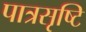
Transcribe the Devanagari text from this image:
पात्रसृष्टि